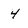
Character: 4